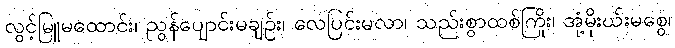
လွင့်မြူမထောင်း၊ ညွန်ပျောင်းမချဉ်း၊ လေပြင်းမလာ၊ သည်းစွာထစ်ကြိုး၊ အုံ့မိုးဃ်းမစွေ၊